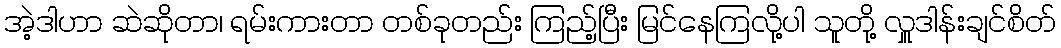
အဲ့ဒါဟာ ဆဲဆိုတာ၊ ရမ်းကားတာ တစ်ခုတည်း ကြည့်ပြီး မြင်နေကြလို့ပါ သူတို့ လှူဒါန်းချင်စိတ်